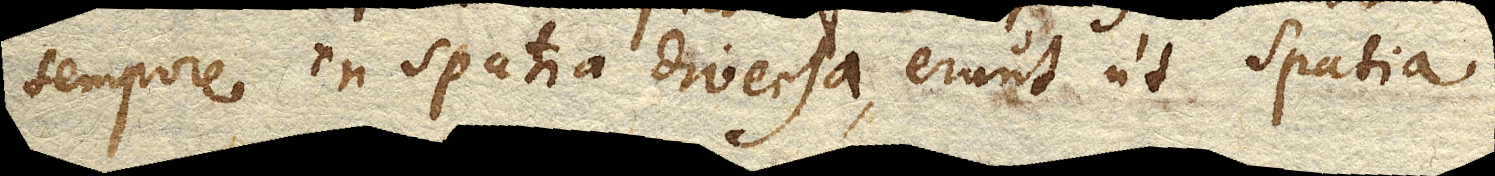
tempore in spatia diversa, erunt ut spatia.